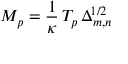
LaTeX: M _ { p } = \frac { 1 } { \kappa } \, T _ { p } \, \Delta _ { m , n } ^ { 1 / 2 }